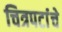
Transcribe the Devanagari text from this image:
चित्रपटांंचे